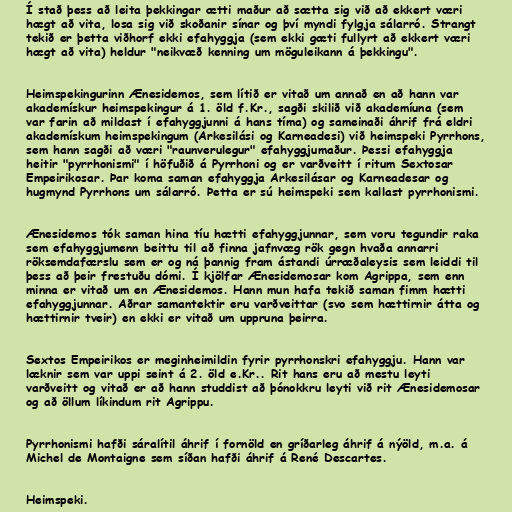
Í stað þess að leita þekkingar ætti maður að sætta sig við að ekkert væri
hægt að vita, losa sig við skoðanir sínar og því myndi fylgja sálarró. Strangt
tekið er þetta viðhorf ekki efahyggja (sem ekki gæti fullyrt að ekkert væri
hægt að vita) heldur "neikvæð kenning um möguleikann á þekkingu".

Heimspekingurinn Ænesidemos, sem lítið er vitað um annað en að hann var
akademískur heimspekingur á 1. öld f.Kr., sagði skilið við akademíuna (sem
var farin að mildast í efahyggjunni á hans tíma) og sameinaði áhrif frá eldri
akademískum heimspekingum (Arkesilási og Karneadesi) við heimspeki Pyrrhons,
sem hann sagði að væri "raunverulegur" efahyggjumaður. Þessi efahyggja
heitir "pyrrhonismi" í höfuðið á Pyrrhoni og er varðveitt í ritum Sextosar
Empeirikosar. Þar koma saman efahyggja Arkesilásar og Karneadesar og
hugmynd Pyrrhons um sálarró. Þetta er sú heimspeki sem kallast pyrrhonismi.

Ænesidemos tók saman hina tíu hætti efahyggjunnar, sem voru tegundir raka
sem efahyggjumenn beittu til að finna jafnvæg rök gegn hvaða annarri
röksemdafærslu sem er og ná þannig fram ástandi úrræðaleysis sem leiddi til
þess að þeir frestuðu dómi. Í kjölfar Ænesidemosar kom Agrippa, sem enn
minna er vitað um en Ænesidemos. Hann mun hafa tekið saman fimm hætti
efahyggjunnar. Aðrar samantektir eru varðveittar (svo sem hættirnir átta og
hættirnir tveir) en ekki er vitað um uppruna þeirra.

Sextos Empeirikos er meginheimildin fyrir pyrrhonskri efahyggju. Hann var
læknir sem var uppi seint á 2. öld e.Kr.. Rit hans eru að mestu leyti
varðveitt og vitað er að hann studdist að þónokkru leyti við rit Ænesidemosar
og að öllum líkindum rit Agrippu.

Pyrrhonismi hafði sáralítil áhrif í fornöld en gríðarleg áhrif á nýöld, m.a. á
Michel de Montaigne sem síðan hafði áhrif á René Descartes.

Heimspeki.